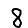
Digit: 8